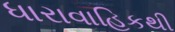
ધારાવાહિકથી